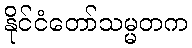
နိုင်ငံတော်သမ္မတက